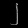
Digit: ၂